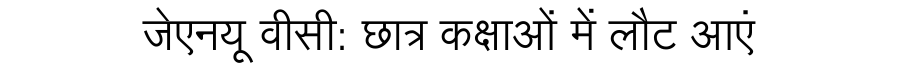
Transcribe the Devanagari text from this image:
जेएनयू वीसी: छात्र कक्षाओं में लौट आएं